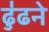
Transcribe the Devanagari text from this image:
ढु॑ढने